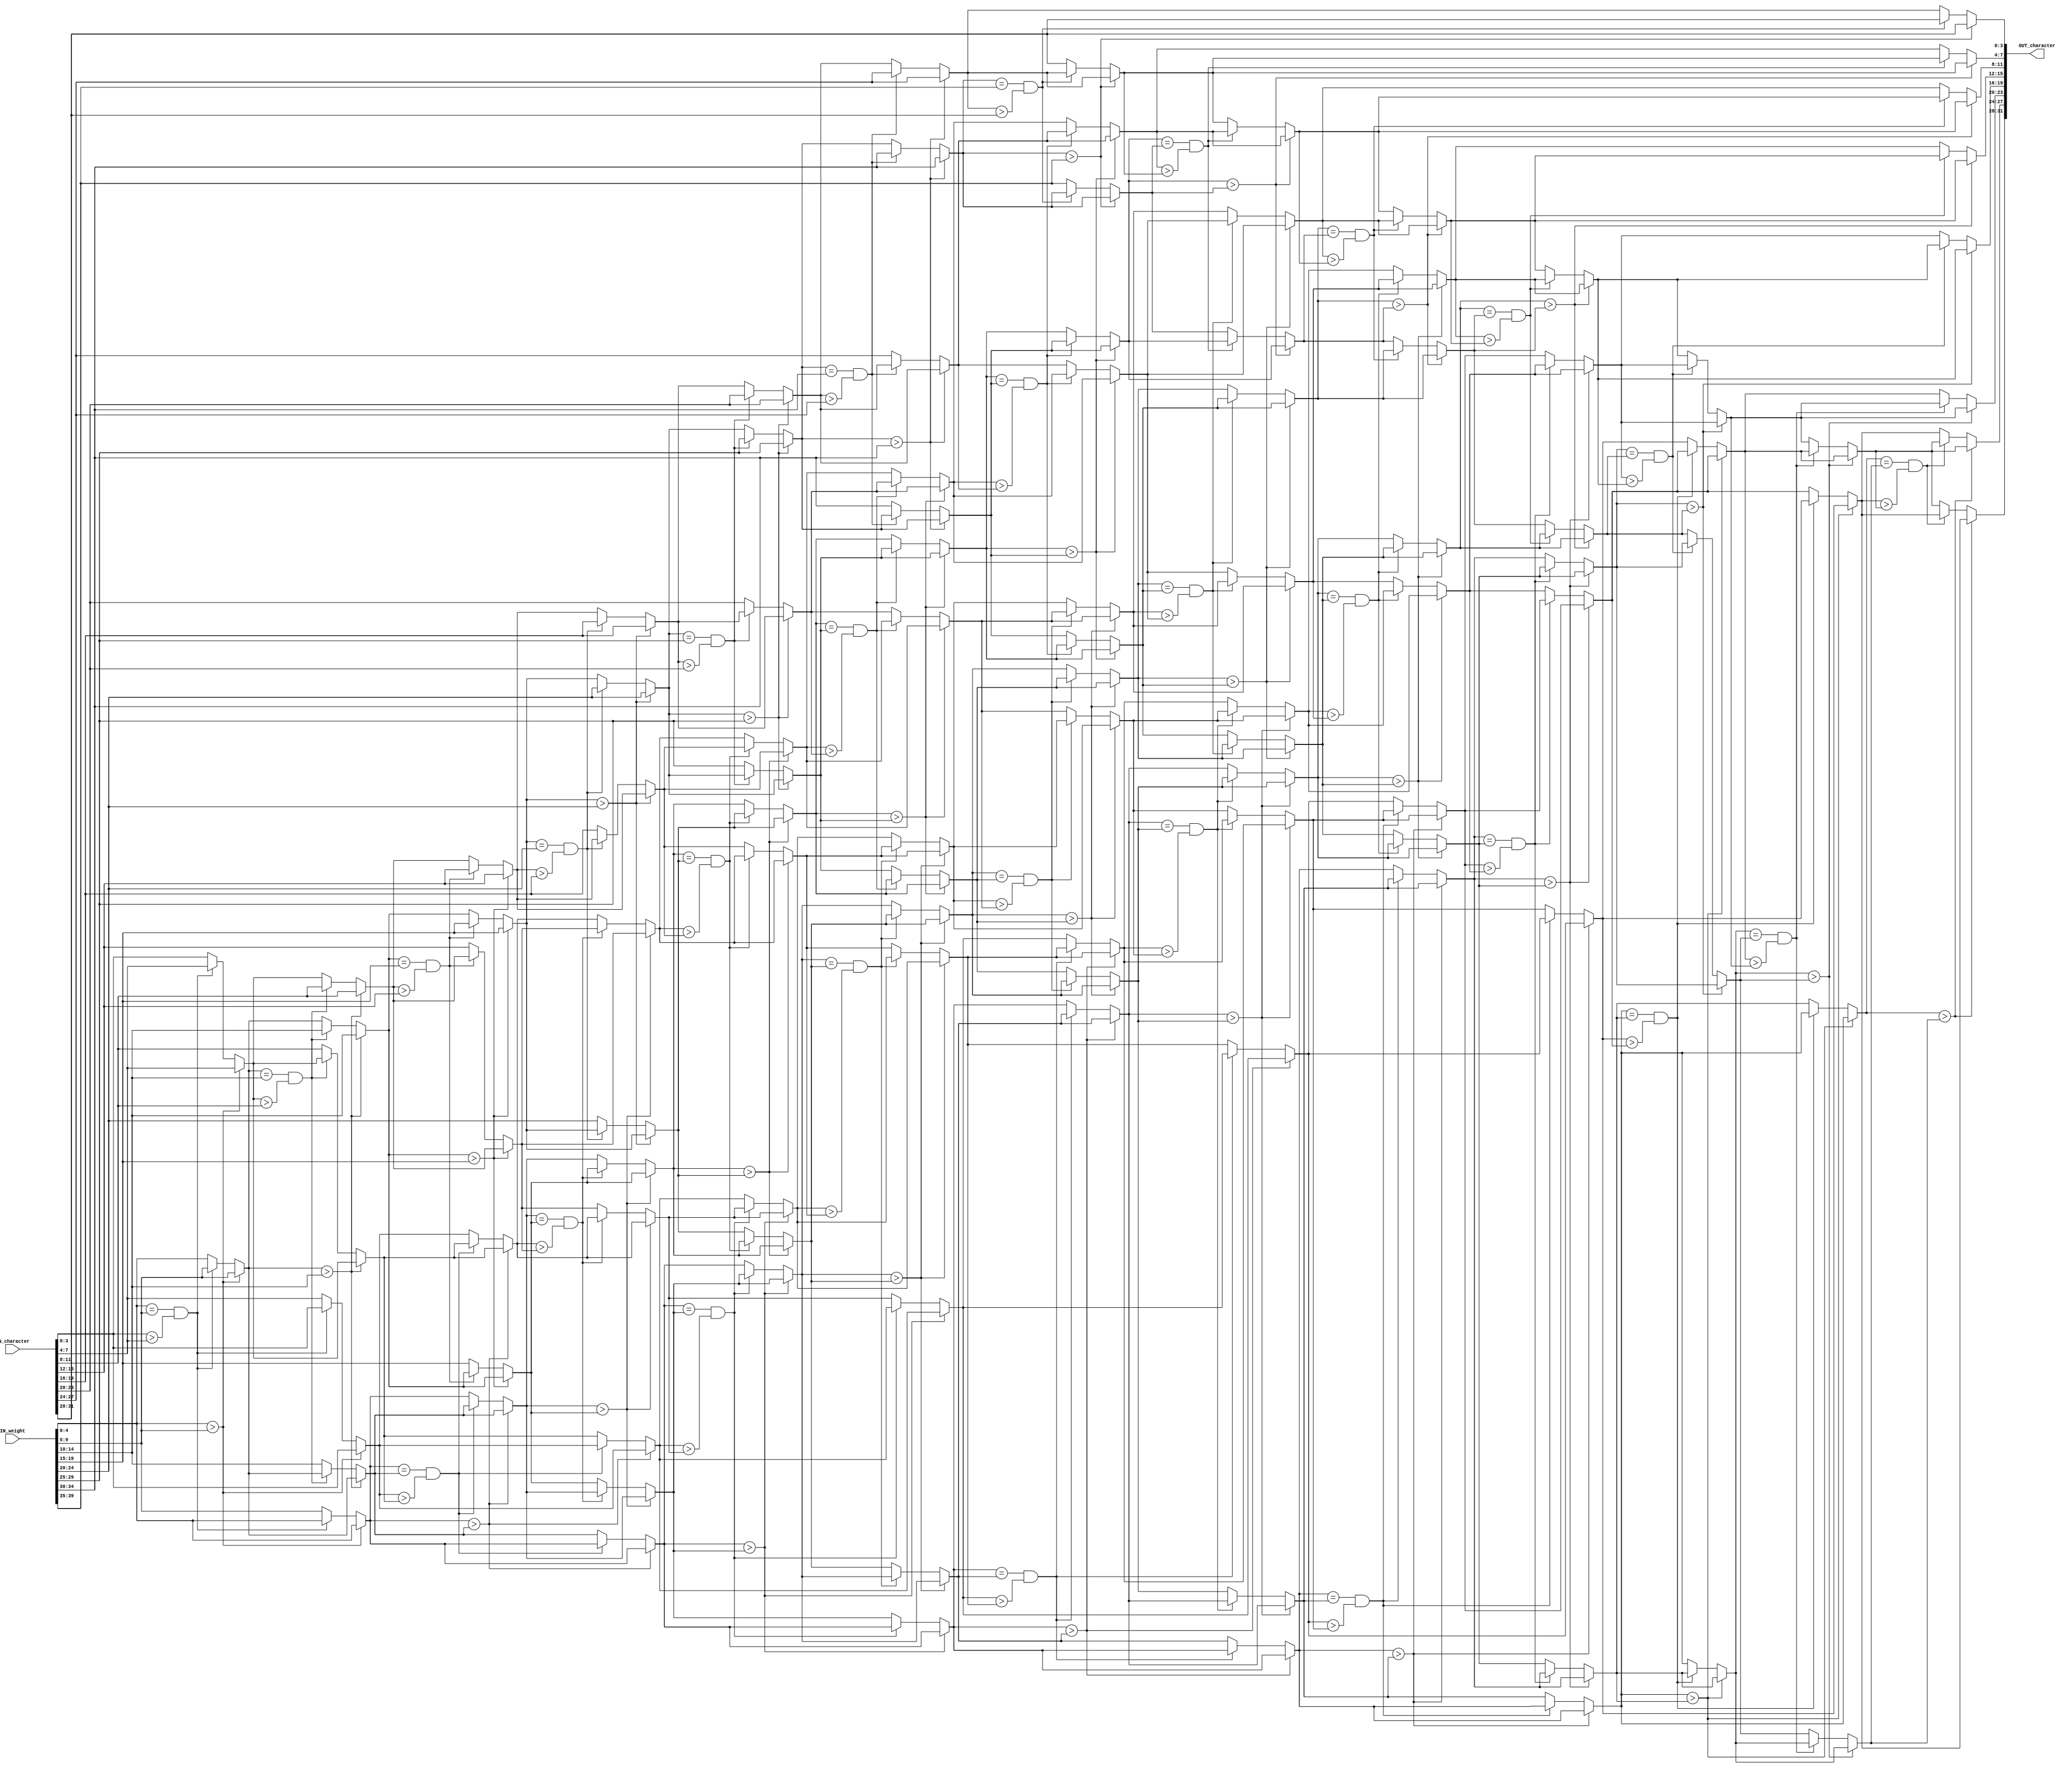
//############################################################################
//++++++++++++++++++++++++++++++++++++++++++++++++++++++++++++++++++++++++++++
//    (C) Copyright System Integration and Silicon Implementation Laboratory
//    All Right Reserved
//		Version		: v1.0
//   	Module Name : SORT_IP
//++++++++++++++++++++++++++++++++++++++++++++++++++++++++++++++++++++++++++++
//############################################################################
module SORT_IP #(parameter IP_WIDTH = 8) (
    // Input signals
    IN_character, IN_weight,
    // Output signals
    OUT_character
);

// ===============================================================
// Input & Output
// ===============================================================
input [IP_WIDTH*4-1:0]  IN_character;
input [IP_WIDTH*5-1:0]  IN_weight;

output reg [IP_WIDTH*4-1:0] OUT_character;

// ===============================================================
// Design
// ===============================================================

//for IP_WIDTH==8
/*
reg  [3:0] in_c [0:IP_WIDTH-1];
reg  [4:0] in_w [0:IP_WIDTH-1];
reg  [3:0] temp_c;
reg  [4:0] temp_w;
//reg  [3:0] in_c1 [0:IP_WIDTH-1];
//reg  [4:0] in_w1 [0:IP_WIDTH-1];
reg  [3:0] c_sorted [0:IP_WIDTH-1];
//integer i, j, k;
*/

generate


if(IP_WIDTH==8) begin

    reg  [3:0] in_c[0:7];
    reg  [4:0] in_w[0:7];
    reg  [3:0] temp_c;
    reg  [4:0] temp_w;
    reg  [3:0] c_sorted[0:7];
    integer i, j, k;

    always@(*) begin
        in_c[0] = IN_character[3:0];   //IN_character[31:28];
        in_c[1] = IN_character[7:4];   //IN_character[27:24];
        in_c[2] = IN_character[11:8];  //IN_character[23:20];
        in_c[3] = IN_character[15:12]; //IN_character[19:16];
        in_c[4] = IN_character[19:16]; //IN_character[15:12];
        in_c[5] = IN_character[23:20]; //IN_character[11:8];
        in_c[6] = IN_character[27:24]; //IN_character[7:4];
        in_c[7] = IN_character[31:28]; //IN_character[3:0];
        in_w[0] = IN_weight[4:0];    //IN_weight[39:35];
        in_w[1] = IN_weight[9:5];    //IN_weight[34:30];
        in_w[2] = IN_weight[14:10];  //IN_weight[29:25];
        in_w[3] = IN_weight[19:15];  //IN_weight[24:20];
        in_w[4] = IN_weight[24:20];  //IN_weight[19:15];
        in_w[5] = IN_weight[29:25];  //IN_weight[14:10];
        in_w[6] = IN_weight[34:30];  //IN_weight[9:5];
        in_w[7] = IN_weight[39:35];  //IN_weight[4:0];


        //sort (bubble) //0: smallest
        for(i = 0; i < 8; i = i+1) begin
            for(j = i+1; j < 8; j = j+1) begin
                if(in_w[i] > in_w[j])begin
                    temp_w = in_w[i];   temp_c = in_c[i];
                    in_w[i] = in_w[j];  in_c[i] = in_c[j];
                    in_w[j] = temp_w;   in_c[j] = temp_c;
                end
                else if(in_w[i]==in_w[j] && in_c[i]>in_c[j]) begin
                    temp_w = in_w[i];   temp_c = in_c[i];
                    in_w[i] = in_w[j];  in_c[i] = in_c[j];
                    in_w[j] = temp_w;   in_c[j] = temp_c;
                end
            end
        end
        //sorted
        for(k = 0; k < 8; k = k+1) begin
            c_sorted[k] = in_c[k];
        end
        //output
        OUT_character = {c_sorted[7],c_sorted[6],c_sorted[5],c_sorted[4],c_sorted[3],c_sorted[2],c_sorted[1],c_sorted[0]};

    end
end

else if(IP_WIDTH==7) begin
    reg  [3:0] in_c[0:6];
    reg  [4:0] in_w[0:6];
    reg  [3:0] temp_c;
    reg  [4:0] temp_w;
    reg  [3:0] c_sorted[0:6];
    integer i, j, k;

    always@(*) begin
        in_c[0] = IN_character[3:0];   //IN_character[31:28];
        in_c[1] = IN_character[7:4];   //IN_character[27:24];
        in_c[2] = IN_character[11:8];  //IN_character[23:20];
        in_c[3] = IN_character[15:12]; //IN_character[19:16];
        in_c[4] = IN_character[19:16]; //IN_character[15:12];
        in_c[5] = IN_character[23:20]; //IN_character[11:8];
        in_c[6] = IN_character[27:24]; //IN_character[7:4];
        in_w[0] = IN_weight[4:0];    //IN_weight[39:35];
        in_w[1] = IN_weight[9:5];    //IN_weight[34:30];
        in_w[2] = IN_weight[14:10];  //IN_weight[29:25];
        in_w[3] = IN_weight[19:15];  //IN_weight[24:20];
        in_w[4] = IN_weight[24:20];  //IN_weight[19:15];
        in_w[5] = IN_weight[29:25];  //IN_weight[14:10];
        in_w[6] = IN_weight[34:30];  //IN_weight[9:5];


        //sort (bubble) //0: smallest
        for(i = 0; i < 7; i = i+1) begin
            for(j = i+1; j < 7; j = j+1) begin
                if(in_w[i] > in_w[j])begin
                    temp_w = in_w[i];   temp_c = in_c[i];
                    in_w[i] = in_w[j];  in_c[i] = in_c[j];
                    in_w[j] = temp_w;   in_c[j] = temp_c;
                end
                else if(in_w[i]==in_w[j] && in_c[i]>in_c[j]) begin
                    temp_w = in_w[i];   temp_c = in_c[i];
                    in_w[i] = in_w[j];  in_c[i] = in_c[j];
                    in_w[j] = temp_w;   in_c[j] = temp_c;
                end
            end
        end
        //sorted
        for(k = 0; k < 7; k = k+1) begin
            c_sorted[k] = in_c[k];
        end
        //output
        OUT_character = {c_sorted[6],c_sorted[5],c_sorted[4],c_sorted[3],c_sorted[2],c_sorted[1],c_sorted[0]};

    end
end

else if(IP_WIDTH==6) begin
    reg  [3:0] in_c[0:5];
    reg  [4:0] in_w[0:5];
    reg  [3:0] temp_c;
    reg  [4:0] temp_w;
    reg  [3:0] c_sorted[0:5];
    integer i, j, k;

    always@(*) begin
        in_c[0] = IN_character[3:0];   //IN_character[31:28];
        in_c[1] = IN_character[7:4];   //IN_character[27:24];
        in_c[2] = IN_character[11:8];  //IN_character[23:20];
        in_c[3] = IN_character[15:12]; //IN_character[19:16];
        in_c[4] = IN_character[19:16]; //IN_character[15:12];
        in_c[5] = IN_character[23:20]; //IN_character[11:8];
        in_w[0] = IN_weight[4:0];    //IN_weight[39:35];
        in_w[1] = IN_weight[9:5];    //IN_weight[34:30];
        in_w[2] = IN_weight[14:10];  //IN_weight[29:25];
        in_w[3] = IN_weight[19:15];  //IN_weight[24:20];
        in_w[4] = IN_weight[24:20];  //IN_weight[19:15];
        in_w[5] = IN_weight[29:25];  //IN_weight[14:10];


        //sort (bubble) //0: smallest
        for(i = 0; i < 6; i = i+1) begin
            for(j = i+1; j < 6; j = j+1) begin
                if(in_w[i] > in_w[j])begin
                    temp_w = in_w[i];   temp_c = in_c[i];
                    in_w[i] = in_w[j];  in_c[i] = in_c[j];
                    in_w[j] = temp_w;   in_c[j] = temp_c;
                end
                else if(in_w[i]==in_w[j] && in_c[i]>in_c[j]) begin
                    temp_w = in_w[i];   temp_c = in_c[i];
                    in_w[i] = in_w[j];  in_c[i] = in_c[j];
                    in_w[j] = temp_w;   in_c[j] = temp_c;
                end
            end
        end
        //sorted
        for(k = 0; k < 6; k = k+1) begin
            c_sorted[k] = in_c[k];
        end
        //output
        OUT_character = {c_sorted[5],c_sorted[4],c_sorted[3],c_sorted[2],c_sorted[1],c_sorted[0]};

    end
end

else if(IP_WIDTH==5) begin
    reg  [3:0] in_c[0:4];
    reg  [4:0] in_w[0:4];
    reg  [3:0] temp_c;
    reg  [4:0] temp_w;
    reg  [3:0] c_sorted[0:4];
    integer i, j, k;

    always@(*) begin
        in_c[0] = IN_character[3:0];   //IN_character[31:28];
        in_c[1] = IN_character[7:4];   //IN_character[27:24];
        in_c[2] = IN_character[11:8];  //IN_character[23:20];
        in_c[3] = IN_character[15:12]; //IN_character[19:16];
        in_c[4] = IN_character[19:16]; //IN_character[15:12];
        in_w[0] = IN_weight[4:0];    //IN_weight[39:35];
        in_w[1] = IN_weight[9:5];    //IN_weight[34:30];
        in_w[2] = IN_weight[14:10];  //IN_weight[29:25];
        in_w[3] = IN_weight[19:15];  //IN_weight[24:20];
        in_w[4] = IN_weight[24:20];  //IN_weight[19:15];


        //sort (bubble) //0: smallest
        for(i = 0; i < 5; i = i+1) begin
            for(j = i+1; j < 5; j = j+1) begin
                if(in_w[i] > in_w[j])begin
                    temp_w = in_w[i];   temp_c = in_c[i];
                    in_w[i] = in_w[j];  in_c[i] = in_c[j];
                    in_w[j] = temp_w;   in_c[j] = temp_c;
                end
                else if(in_w[i]==in_w[j] && in_c[i]>in_c[j]) begin
                    temp_w = in_w[i];   temp_c = in_c[i];
                    in_w[i] = in_w[j];  in_c[i] = in_c[j];
                    in_w[j] = temp_w;   in_c[j] = temp_c;
                end
            end
        end
        //sorted
        for(k = 0; k < 5; k = k+1) begin
            c_sorted[k] = in_c[k];
        end
        //output
        OUT_character = {c_sorted[4],c_sorted[3],c_sorted[2],c_sorted[1],c_sorted[0]};

    end
end

else if(IP_WIDTH==4) begin
    reg  [3:0] in_c[0:3];
    reg  [4:0] in_w[0:3];
    reg  [3:0] temp_c;
    reg  [4:0] temp_w;
    reg  [3:0] c_sorted[0:3];
    integer i, j, k;

    always@(*) begin
        in_c[0] = IN_character[3:0];   //IN_character[31:28];
        in_c[1] = IN_character[7:4];   //IN_character[27:24];
        in_c[2] = IN_character[11:8];  //IN_character[23:20];
        in_c[3] = IN_character[15:12]; //IN_character[19:16];
        in_w[0] = IN_weight[4:0];    //IN_weight[39:35];
        in_w[1] = IN_weight[9:5];    //IN_weight[34:30];
        in_w[2] = IN_weight[14:10];  //IN_weight[29:25];
        in_w[3] = IN_weight[19:15];  //IN_weight[24:20];


        //sort (bubble) //0: smallest
        for(i = 0; i < 4; i = i+1) begin
            for(j = i+1; j < 4; j = j+1) begin
                if(in_w[i] > in_w[j])begin
                    temp_w = in_w[i];   temp_c = in_c[i];
                    in_w[i] = in_w[j];  in_c[i] = in_c[j];
                    in_w[j] = temp_w;   in_c[j] = temp_c;
                end
                else if(in_w[i]==in_w[j] && in_c[i]>in_c[j]) begin
                    temp_w = in_w[i];   temp_c = in_c[i];
                    in_w[i] = in_w[j];  in_c[i] = in_c[j];
                    in_w[j] = temp_w;   in_c[j] = temp_c;
                end
            end
        end
        //sorted
        for(k = 0; k < 4; k = k+1) begin
            c_sorted[k] = in_c[k];
        end
        //output
        OUT_character = {c_sorted[3],c_sorted[2],c_sorted[1],c_sorted[0]};

    end
end

//IP_WIDTH==3
else begin
    reg  [3:0] in_c[0:2];
    reg  [4:0] in_w[0:2];
    reg  [3:0] temp_c;
    reg  [4:0] temp_w;
    reg  [3:0] c_sorted[0:2];
    integer i, j, k;

    always@(*) begin
        in_c[0] = IN_character[3:0];   //IN_character[31:28];
        in_c[1] = IN_character[7:4];   //IN_character[27:24];
        in_c[2] = IN_character[11:8];  //IN_character[23:20];
        in_w[0] = IN_weight[4:0];    //IN_weight[39:35];
        in_w[1] = IN_weight[9:5];    //IN_weight[34:30];
        in_w[2] = IN_weight[14:10];  //IN_weight[29:25];


        //sort (bubble) //0: smallest
        for(i = 0; i < 3; i = i+1) begin
            for(j = i+1; j < 3; j = j+1) begin
                if(in_w[i] > in_w[j])begin
                    temp_w = in_w[i];   temp_c = in_c[i];
                    in_w[i] = in_w[j];  in_c[i] = in_c[j];
                    in_w[j] = temp_w;   in_c[j] = temp_c;
                end
                else if(in_w[i]==in_w[j] && in_c[i]>in_c[j]) begin
                    temp_w = in_w[i];   temp_c = in_c[i];
                    in_w[i] = in_w[j];  in_c[i] = in_c[j];
                    in_w[j] = temp_w;   in_c[j] = temp_c;
                end
            end
        end
        //sorted
        for(k = 0; k < 3; k = k+1) begin
            c_sorted[k] = in_c[k];
        end
        //output
        OUT_character = {c_sorted[2],c_sorted[1],c_sorted[0]};

    end
end

endgenerate


endmodule